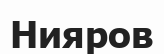
Нияров